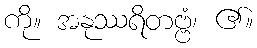
ကို။ အနုဿရိတဗ္ဗံ၊ ၏။